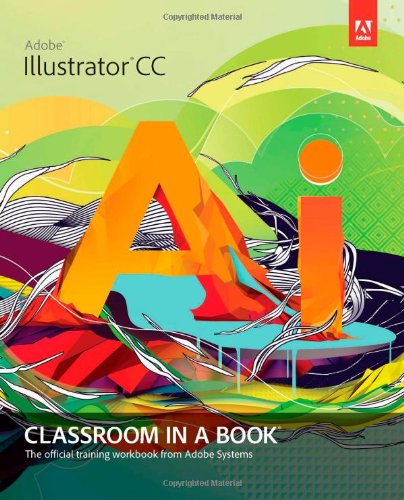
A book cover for Adobe Illustrator CC Classroom in a Book; Adobe Creative Team; Computers & Technology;